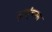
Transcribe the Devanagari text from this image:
द्रायूंच्या